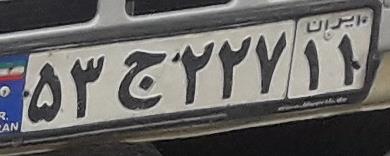
۵۳ج۲۲۷۱۱